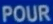
POUR